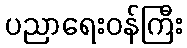
ပညာရေးဝန်ကြီး